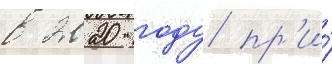
в 2020 году пр'и́